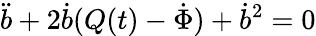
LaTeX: \ddot{b}+2\dot{b}(Q(t)-\dot{\Phi})+\dot{b}^{2}=0